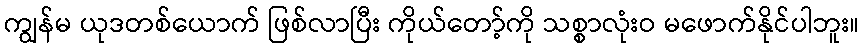
ကျွန်မ ယုဒတစ်ယောက် ဖြစ်လာပြီး ကိုယ်တော့်ကို သစ္စာလုံးဝ မဖောက်နိုင်ပါဘူး။